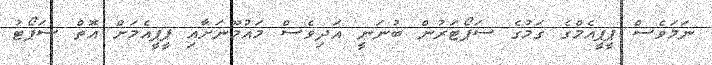
ނަމަވެސް ޕީޕީއެމްގެ ގަމުގެ ސަޕޯޓަރުން ބުނަނީ އަދިވެސް މައުމޫނަށާއި ޕީޕީއެމަށް އޮތް ސަޕޯޓު